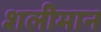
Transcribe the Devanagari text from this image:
शलीमान